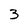
Character: 3